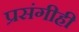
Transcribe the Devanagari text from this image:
प्रसंगीही